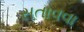
સતાવવા